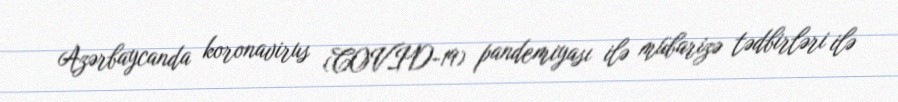
Azərbaycanda koronavirus (COVID-19) pandemiyası ilə mübarizə tədbirləri ilə